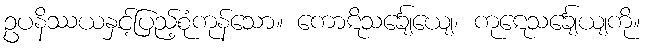
ဥပနိဿယနှင့်ပြည့်စုံကုန်သော။ ကောဋိသင်္ချေယျေ၊ ကုဋေသင်္ချေယျကို။